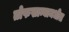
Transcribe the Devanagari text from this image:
तोफखान्यामधील